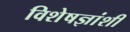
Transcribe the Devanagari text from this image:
विशेषज्ञांशी